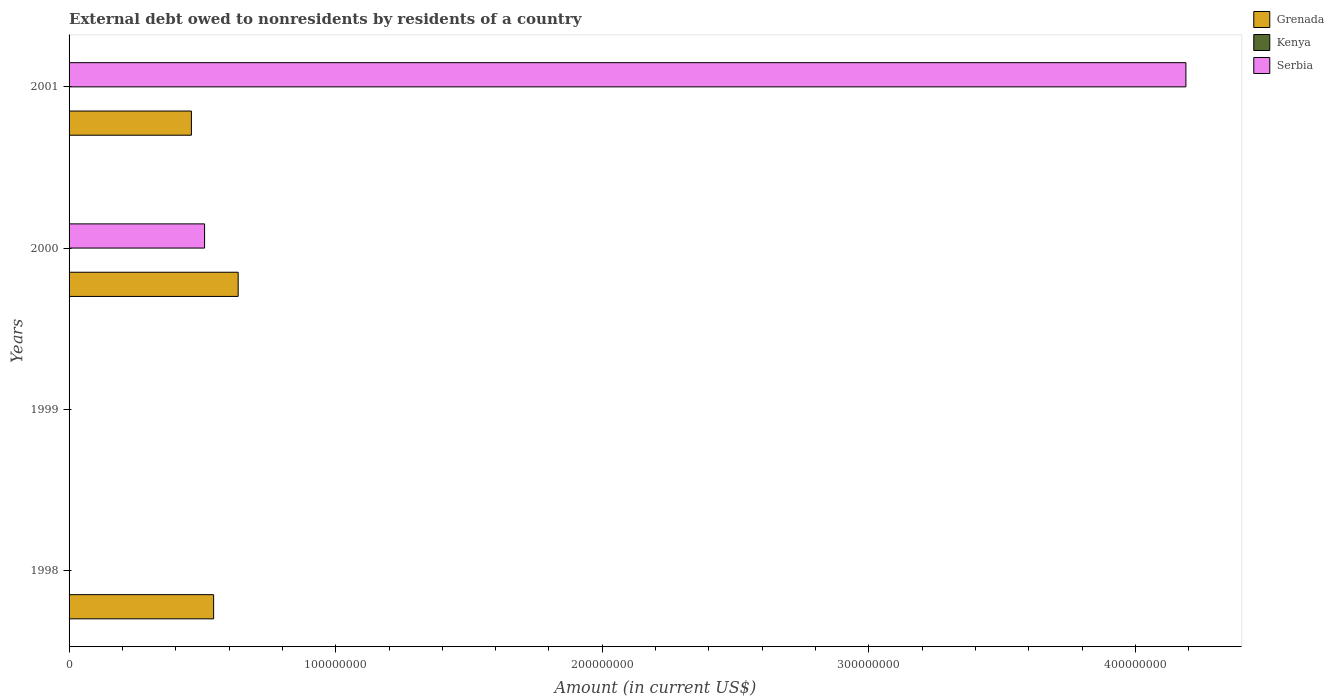
| Years | Grenada | Kenya | Serbia |
 | --- | --- | --- | --- |
 | 1998 | 5.42e+07 | -1.41e+08 | -7.05e+08 |
 | 1999 | -3.51e+07 | -3.19e+08 | -1.68e+08 |
 | 2000 | 6.34e+07 | -3.11e+07 | 5.08e+07 |
 | 2001 | 4.59e+07 | -3.5e+08 | 4.19e+08 |